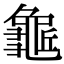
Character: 𪚺